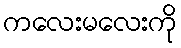
ကလေးမလေးကို